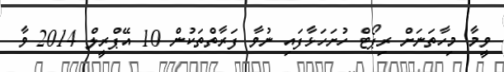
ވީމާ މިހާތަނަށް ރިޕޯޓް ހުށަހަޅާފައި ނުވާ ފަރާތްތަކުން 10 އޭޕްރީލް 2014 ވާ